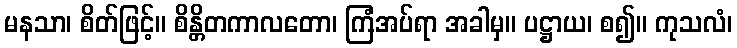
မနသာ၊ စိတ်ဖြင့်။ စိန္တိတကာလတော၊ ကြံအပ်ရာ အခါမှ။ ပဋ္ဌာယ၊ စ၍။ ကုသလံ၊